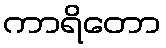
ကာရိတော